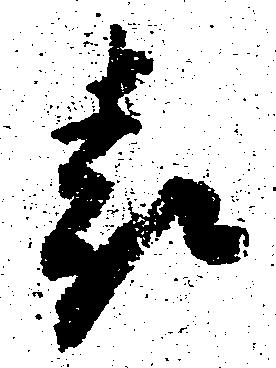
表